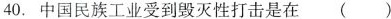
40.中国民族工业受到毁灭性打击是在()